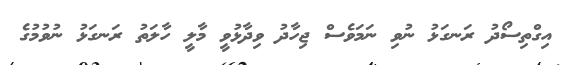
އިގްތިސޯދު ރަނގަޅު ނުވި ނަމަވެސް ޖިހާދު ވިދާޅުވީ މާލީ ހާލަތު ރަނގަޅު ނުވުމުގެ